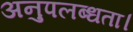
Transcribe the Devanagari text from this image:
अनुपलब्धता।